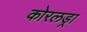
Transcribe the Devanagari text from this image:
कोरलड्रा